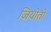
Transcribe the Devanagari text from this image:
जियोतो